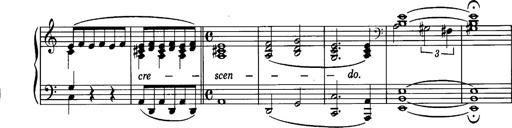
Title: La romanesca
Composer: Franz Liszt